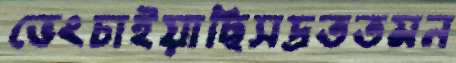
ভেংচাইয়াছিসদ্রততমন